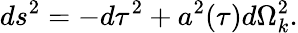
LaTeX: ds^{2}=-d\tau^{2}+a^{2}(\tau)d\Omega_{k}^{2}.